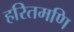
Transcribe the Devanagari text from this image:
हरितमणि